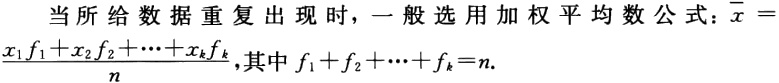
当所给数据重复出现时，一般选用加权平均数公式：\(\bar{x} = \frac{x_{1}f_{1}+x_{2}f_{2}+\cdots +x_{k}f_{k}}{n}\)，其中\(f_{1}+f_{2}+\cdots +f_{k}=n\).